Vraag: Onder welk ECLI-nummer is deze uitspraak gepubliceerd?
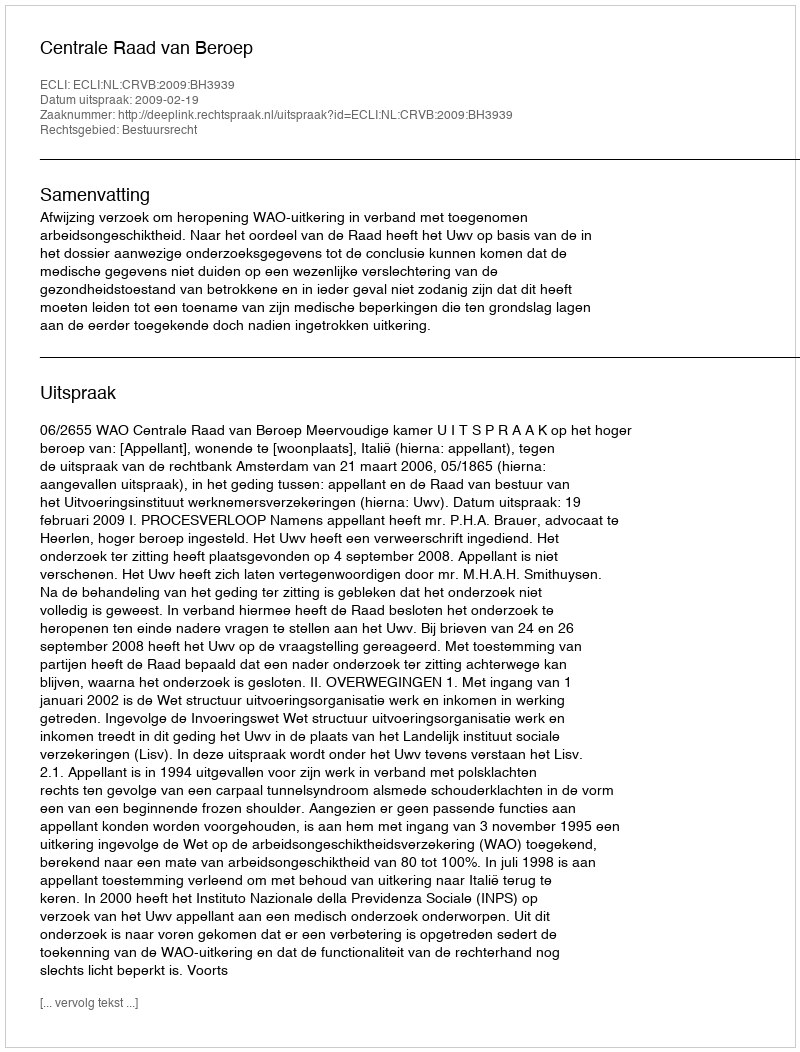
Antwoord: ECLI:NL:CRVB:2009:BH3939